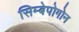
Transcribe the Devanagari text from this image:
सिम्बेपोगोन